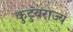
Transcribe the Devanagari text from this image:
कुटुंबराज्य